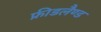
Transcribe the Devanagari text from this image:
फ्रीडलैण्ड